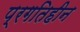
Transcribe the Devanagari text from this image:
प्रगतिहीन